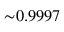
{ \sim } 0 . 9 9 9 7